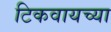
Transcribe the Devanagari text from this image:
टिकवायच्या